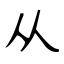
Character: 从